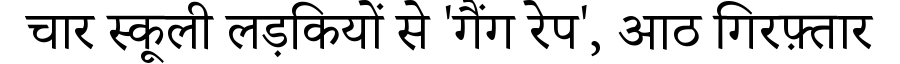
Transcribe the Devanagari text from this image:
चार स्कूली लड़कियों से 'गैंग रेप', आठ गिरफ़्तार